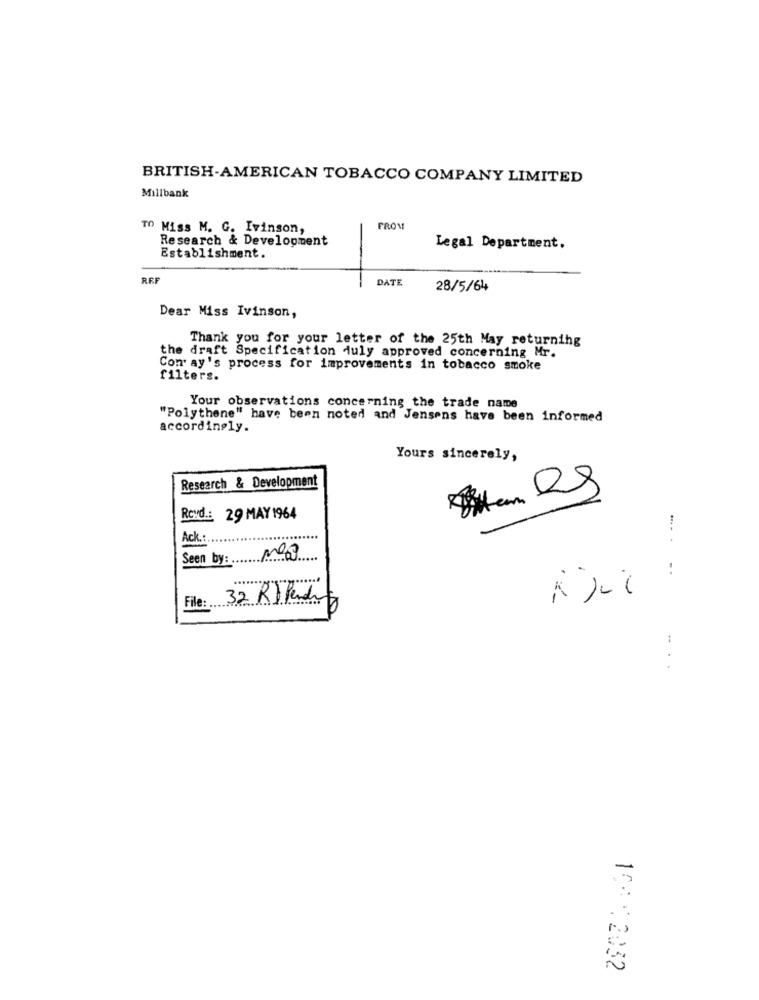
BRITISH-AMERICAN TOBACCO COMPANY LIMITED
Millbank
TO Miss M. G. Ivinson,
FROM
Research & Development
Legal Department.
Establishment.
REF
DATE
28/5/64
Dear Miss Ivinson,
Thank you for your letter of the 25th May returning
the draft Specification duly approved concerning Mr.
Con ay's process for improvements in tobacco smoke
filters.
Your observations concerning the trade name
"Polythene" have been noted and Jensens have been informed
accordingly.
Yours sincerely,
Research & Development
Revd .: 29 MAY 1964
Ack .:......
........
Seen by: MO
-.
32 Rblender
File: ..
:
.
10: 1 2032